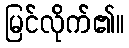
မြင်လိုက်၏။